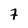
Character: 7